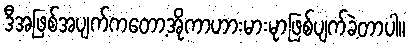
ဒီအဖြစ်အပျက်ကတော့အိုကာဟားမားမုာဖြစ်ပျက်ခဲ့တာပါ။